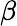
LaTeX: \beta